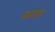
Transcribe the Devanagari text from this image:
कांडर